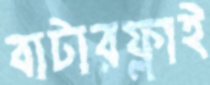
বাটারফ্লাই